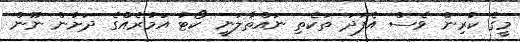
މީގެ ކުރިން ވެސް އެފަދަ ތަކެތި ނައްތާލަނީ ކޯޓު އަމުރެއްގެ ދަށުން ނޫން